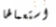
استعمالها